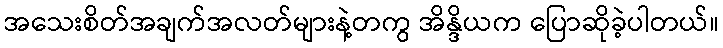
အသေးစိတ်အချက်အလတ်များနဲ့တကွ အိန္ဒိယက ပြောဆိုခဲ့ပါတယ်။